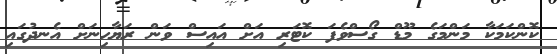
ކޮންކަމަކާ މަންމަގެ މޫޑް ގޯސްވެފަ ކޮޓަރި އަށް އައިސް ވަން ރަޔާހިނަށް އެނދުގައި